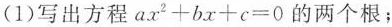
(1)写出方程$$a x^{2} + b x + c = 0$$的两个根；